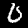
Digit: 0